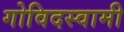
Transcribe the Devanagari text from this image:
गोविदस्वामी